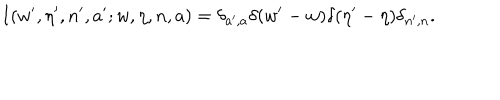
LaTeX: I ( w ^ { \prime } , \eta ^ { \prime } , n ^ { \prime } , a ^ { \prime } ; w , \eta , n , a ) = \delta _ { a ^ { \prime } , a } \delta ( w ^ { \prime } - w ) \delta ( \eta ^ { \prime } - \eta ) \delta _ { n ^ { \prime } , n } .